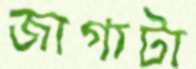
জাগাটা